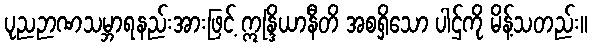
ပုညဉာဏသမ္ဘာရနည်းအားဖြင့် ဣန္ဒြိယာနီတိ အစရှိသော ပါဌ်ကို မိန့်သတည်း။